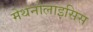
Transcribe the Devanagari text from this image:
मेथनोलाइसिस